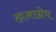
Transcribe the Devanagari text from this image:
ह्यआग्नेय